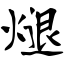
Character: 煺